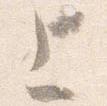
上